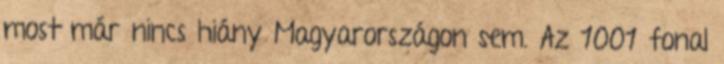
most már nincs hiány Magyarországon sem. Az 1001 fonal